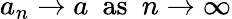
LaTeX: a_{n}\to a\ \ {\mathrm{as}}\ \ n\to\infty